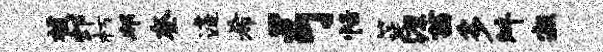
援郊朽邦奎遽希弓恬筵源茜多舛寂